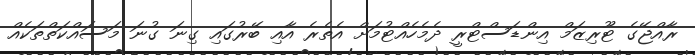
ރާއްޖޭގެ ޓޫރިޒަމް އިންޑަސްޓްރީ ދެމެހެއްޓުމަށް އެތެރެ އާއި ބޭރުގައި ގިނަ ގުނަ މަސައްކަތްތަކެއް